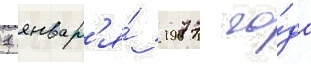
1 январ'я́ 1977 го́да